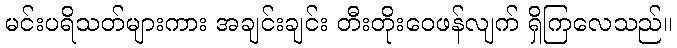
မင်းပရိသတ်များကား အချင်းချင်း တီးတိုးဝေဖန်လျက် ရှိကြလေသည်။